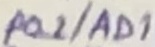
Text: P0.1/AD1